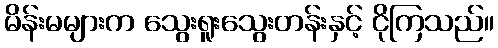
မိန်းမများက သွေးရူးသွေးတန်းနှင့် ငိုကြသည်။